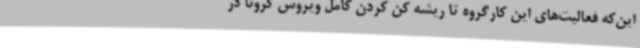
این‌که فعالیت‌های این کارگروه تا ریشه کن کردن کامل ویروس کرونا در